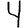
Digit: 4